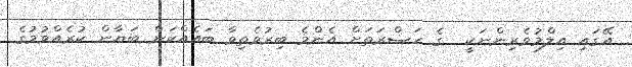
އޭގައި އިލްމުވެރިންނަކީ  ގެ ހަޟްރަތަށް އެންމެ ބިރުވެތިވާ ބައެއްކަން ބަޔާން ކުރެއްވުމުގެ